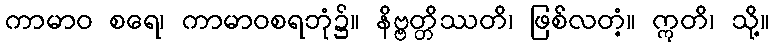
ကာမာဝ စရေ၊ ကာမာဝစရဘုံ၌။ နိဗ္ဗတ္တိဿတိ၊ ဖြစ်လတံ့။ ဣတိ၊ သို့။